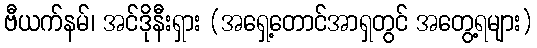
ဗီယက်နမ်၊ အင်ဒိုနီးရှား (အရှေ့တောင်အာရှတွင် အတွေ့ရများ)